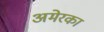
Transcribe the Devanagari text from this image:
अमेरका